Vaccination in Bombay 1874-1876 - 1874-1876
Year: 1874
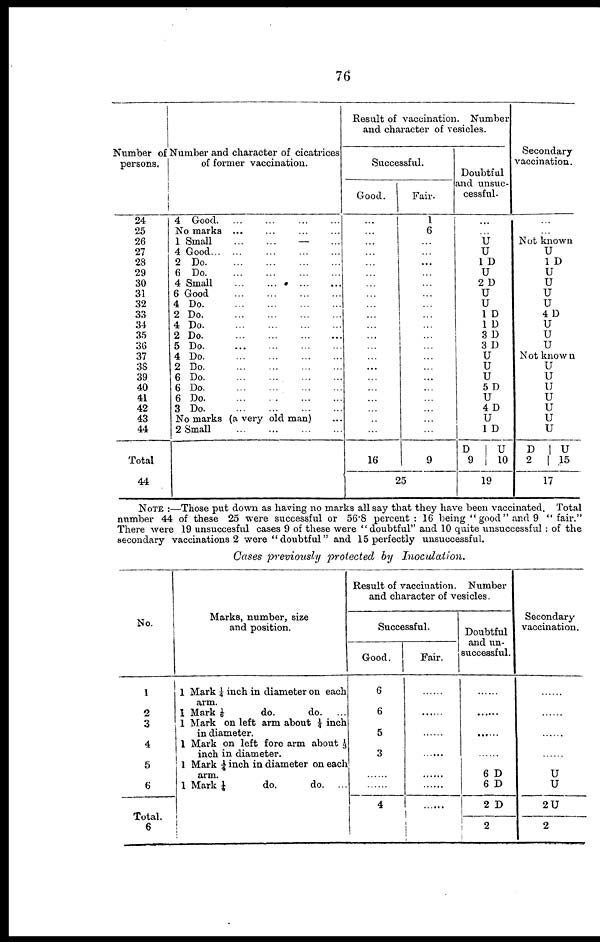
76
Number of
persons.
24
25
26
27
28
29
30
31
32
33
34
35
36
37
3S
39
40
41
42
43
44
Total
44
Number and character of cicatrices
of former vaccination.
4 Good. ... ... ... ...
No marks ... ... ... ...
1
4
2
6
4
6
4
2
4
2
5
4
2
6
6
6
3
Small ... ... ... ...
Good ... ... ... ...
Do ... ... ... ...
Do ... ... ... ...
Small ... ... ... ...
Good ... ... ... ...
Do ... ... ... ...
Do ... ... ... ...
Do ... ... ... ...
Do ... ... ... ...
Do ... ... ... ...
Do ... ... ... ...
Do ... ... ... ...
Do ... ... ... ...
Do ... ... ... ...
Do ... ... ... ...
Do ... ... ... ...
No marks (a very old man)
2 Small ... ... ... ...
Result of vaccination. Number
and character of vesicles.
Successful.
Good.
...
...
...
...
...
...
...
...
...
...
...
...
...
...
...
...
...
...
...
...
...
16
Fair.
1
6
...
...
...
...
...
...
...
...
...
...
...
...
...
...
...
...
...
...
...
9
25
Doubtful
and unsuc-
cessful.
...
...
U
U
1 D
U
2D
U
U
1 D
1 D
3D
3 D
U
U
U 5 D
U
4D
U
1 D
D
9
U
10
19
Secondarj
vaccination.
...
...
Not known
U
1 D
U
U
U
U
4 D
U
U
U
Not known
U
U
U
U
U
U
U
D
2
U
15
17
NOTE :—Those put down as having no marks all say that they have been vaccinated. Total
number 44 of these 25 were successful or 56.8 percent : 16 being "good" and 9 " fair."
There were 19 unsuccesful cases 9 of these were "doubtful" and 10 quite unsuccessful : of the
secondary vaccinations 2 were " doubtful" and 15 perfectly unsuccessful.
Cases previously protected by
Inoculation.
No.
1
2
3
4
5
6
Total.
6
Marks, number, size
and position.
1 Mark ¼ inch in diameter on each
arm.
1 Mark 1/6
do.
do. ...
1 Mark on left arm about ¼ inch
in diameter.
1 Mark on left fore arm about 1/3
inch in diameter.
1 Mark 1/4 inch in diameter on each
arm.
1 Mark
¼
do.
do. ...
Result of vaccination. Number
and character of vesicles.
Successful.
Good.
6
6
5
3
......
......
4
Fair.
......
......
......
......
......
......
.......
Doubtful
and un-
successful.
......
......
......
......
6 D
6 D
2 D
2
Secondary
vaccination.
......
......
......
......
U
U
2U
2